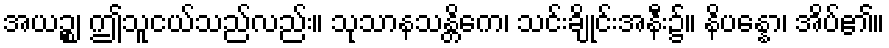
အယဉ္စ၊ ဤသူငယ်သည်လည်း။ သုသာနသန္တိကေ၊ သင်းချိုင်းအနီး၌။ နိပန္နော၊ အိပ်၏။